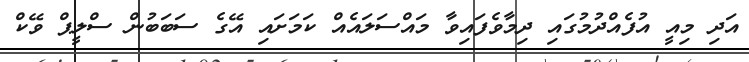
އަދި މިއީ އުފެއްދުމުގައި ދިމާވެފައިވާ މައްސަލައެއް ކަމަށައި އޭގެ ސަބަބުން ސްލީޕް ވޭކް